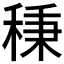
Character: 𥟱